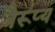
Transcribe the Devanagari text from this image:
त्रैरूप्य